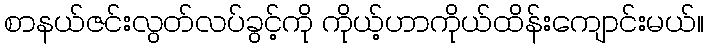
စာနယ်ဇင်းလွတ်လပ်ခွင့်ကို ကိုယ့်ဟာကိုယ်ထိန်းကျောင်းမယ်။